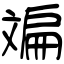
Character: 斒